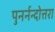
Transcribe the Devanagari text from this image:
पुनर्नन्दोत्तरा